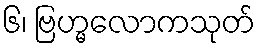
၆၊ ဗြဟ္မလောကသုတ်